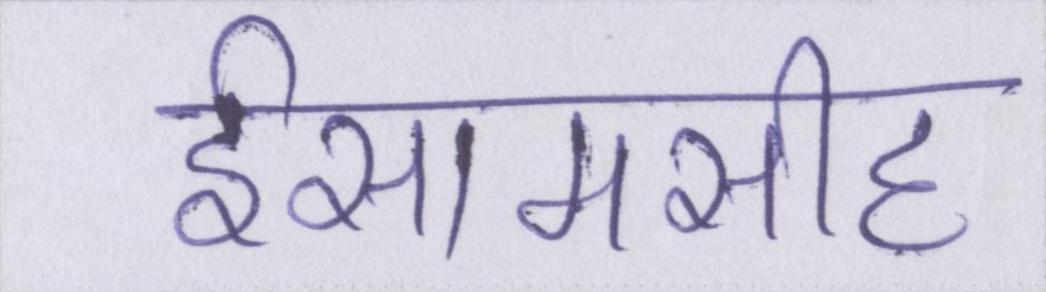
ईसामसीह